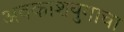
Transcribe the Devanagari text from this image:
अवकाशयुगाचा